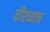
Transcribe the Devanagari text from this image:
वीरच्याच